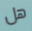
هل